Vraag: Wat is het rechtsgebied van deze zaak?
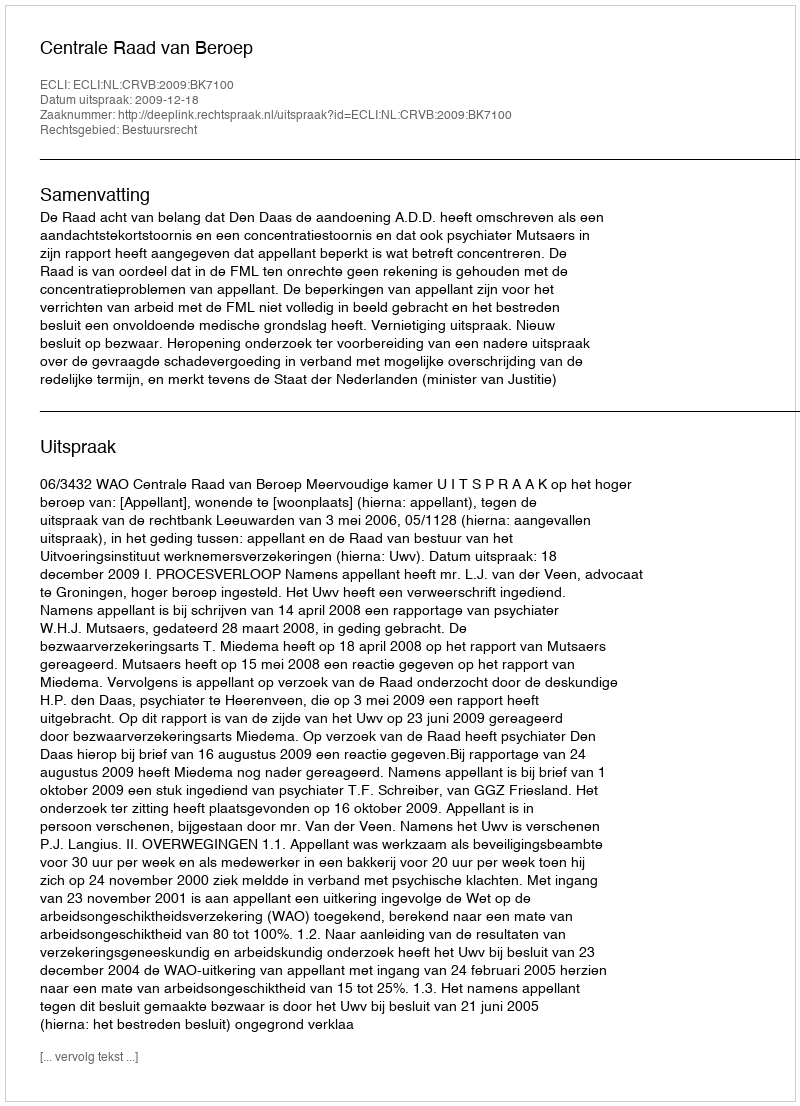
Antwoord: Bestuursrecht